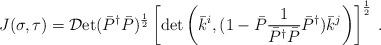
LaTeX: \begin{align*}\displaystyle J(\sigma, \tau) = {\cal D}\mbox{et} (\bar{P}^{\dag} \bar{P} )^{\frac{1}{2}} \left[ \det \left( \bar{k}^{i}, ( 1 - \bar{P} \frac{1}{\bar{P}^{\dag} \bar{P}} \bar{P}^{\dag}) \bar{k}^{j} \right) \right]^{\frac{1}{2}} \: . \end{align*}